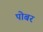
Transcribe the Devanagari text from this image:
पोबर